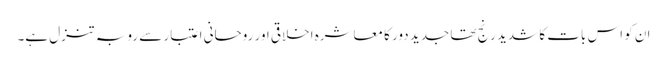
ان کو اس بات کا شدید رنج تھا جدید دور کا معاشرہ اخلاقی اور روحانی اعتبار سے رو بہ تنزل ہے۔